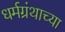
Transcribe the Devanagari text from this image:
धर्मग्रंथाच्या